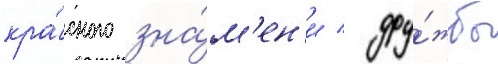
кра́сного зна́м'ен'и / дру́жбы